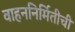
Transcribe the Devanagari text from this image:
वाहननिर्मितीची